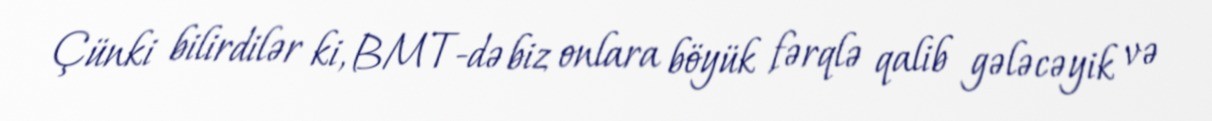
Çünki bilirdilər ki, BMT-də biz onlara böyük fərqlə qalib gələcəyik və